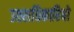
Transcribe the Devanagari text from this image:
उतराधिकारियो